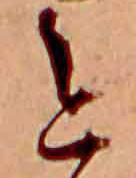
今